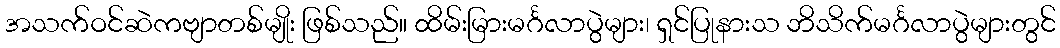
အသက်ဝင်ဆဲကဗျာတစ်မျိုး ဖြစ်သည်။ ထိမ်းမြားမင်္ဂလာပွဲများ၊ ရှင်ပြုနားသ ဘိသိက်မင်္ဂလာပွဲများတွင်